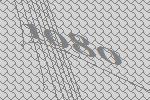
1080